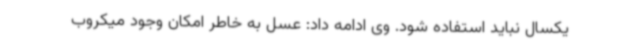
یکسال نباید استفاده شود. وی ادامه داد: عسل به خاطر امکان وجود میکروب